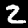
Label: 2